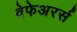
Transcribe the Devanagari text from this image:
वेफेअरर्स